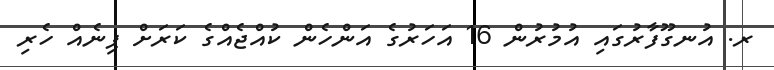
ރ. އުނގޫފާރުގައި އުމުރުން 16 އަހަރުގެ އަންހެން ކުއްޖެއްގެ ކަރަށް ޕިނެއް ހެރި